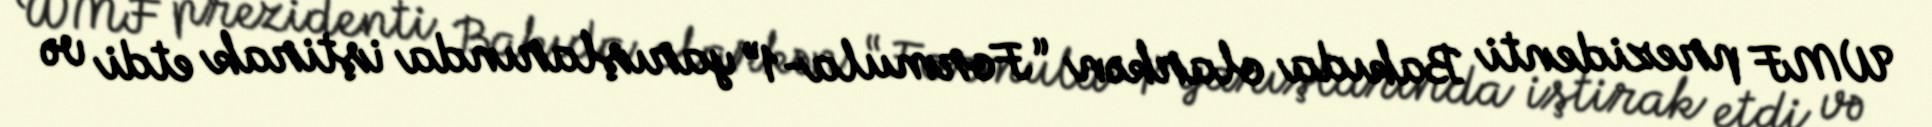
WMF prezidenti Bakıda olarkən “Formula-1” yarışlarında iştirak etdi və